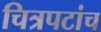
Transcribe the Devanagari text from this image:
चित्रपटांच